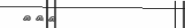
١٨٧